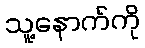
သူ့နောက်ကို